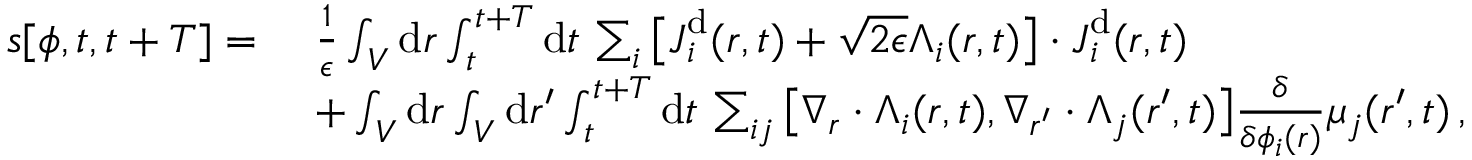
\begin{array} { r l } { s [ { \phi } , t , t + T ] = ~ } & { \frac { 1 } { \epsilon } \int _ { V } \mathrm { d } \boldsymbol { r } \int _ { t } ^ { t + T } \mathrm { d } t \, \sum _ { i } \big [ { \boldsymbol { J } } _ { i } ^ { \mathrm { d } } ( \boldsymbol { r } , t ) + \sqrt { 2 \epsilon } { \boldsymbol { \Lambda } } _ { i } ( \boldsymbol { r } , t ) \big ] \cdot { \boldsymbol { J } } _ { i } ^ { \mathrm { d } } ( \boldsymbol { r } , t ) } \\ & { + \int _ { V } \mathrm { d } \boldsymbol { r } \int _ { V } \mathrm { d } \boldsymbol { r } ^ { \prime } \int _ { t } ^ { t + T } \mathrm { d } t \, \sum _ { i j } \big [ \nabla _ { \boldsymbol { r } } \cdot { \boldsymbol { \Lambda } } _ { i } ( { \boldsymbol { r } } , t ) , \nabla _ { { \boldsymbol { r } } ^ { \prime } } \cdot { \boldsymbol { \Lambda } } _ { j } ( { \boldsymbol { r } } ^ { \prime } , t ) \big ] \frac { \delta } { \delta \phi _ { i } ( { \boldsymbol { r } } ) } \mu _ { j } ( { \boldsymbol { r } } ^ { \prime } , t ) \, , } \end{array}